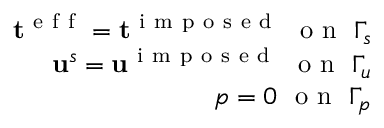
\begin{array} { r } { \mathbf { t } ^ { \mathrm { ~ e ~ f ~ f ~ } } = \mathbf { t } ^ { \mathrm { ~ i ~ m ~ p ~ o ~ s ~ e ~ d ~ } } ~ \mathrm { ~ o ~ n ~ } ~ \Gamma _ { s } } \\ { \mathbf { u } ^ { s } = \mathbf { u } ^ { \mathrm { ~ i ~ m ~ p ~ o ~ s ~ e ~ d ~ } } ~ \mathrm { ~ o ~ n ~ } ~ \Gamma _ { u } } \\ { p = 0 ~ \mathrm { ~ o ~ n ~ } ~ \Gamma _ { p } } \end{array}